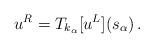
LaTeX: \begin{align*} u^R = T_{k_\alpha} [u^L](s_\alpha)\,. \end{align*}